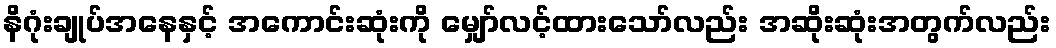
နိဂုံးချုပ်အနေနှင့် အကောင်းဆုံးကို မျှော်လင့်ထားသော်လည်း အဆိုးဆုံးအတွက်လည်း